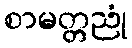
စာမတ္တညုံ